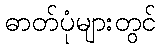
ဓာတ်ပုံများတွင်